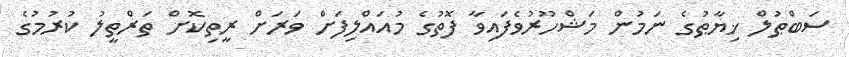
ސަބްޠުލް ޚިޔާޠުގެ ނަމުން މަޝްހޫރުވެފައިވާ ފޮތުގެ މުއައްލިފަށް ވަރަށް ރީތިކޮށް ތަރްތީލު ކުރުމުގެ